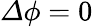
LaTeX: \varDelta\phi=0